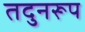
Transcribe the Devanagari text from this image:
तदुनरूप